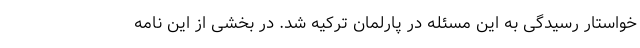
خواستار رسیدگی به این مسئله در پارلمان ترکیه شد. در بخشی از این نامه